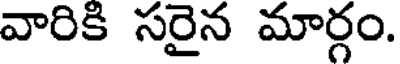
వారికి సరైన మార్గం.